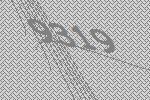
9319